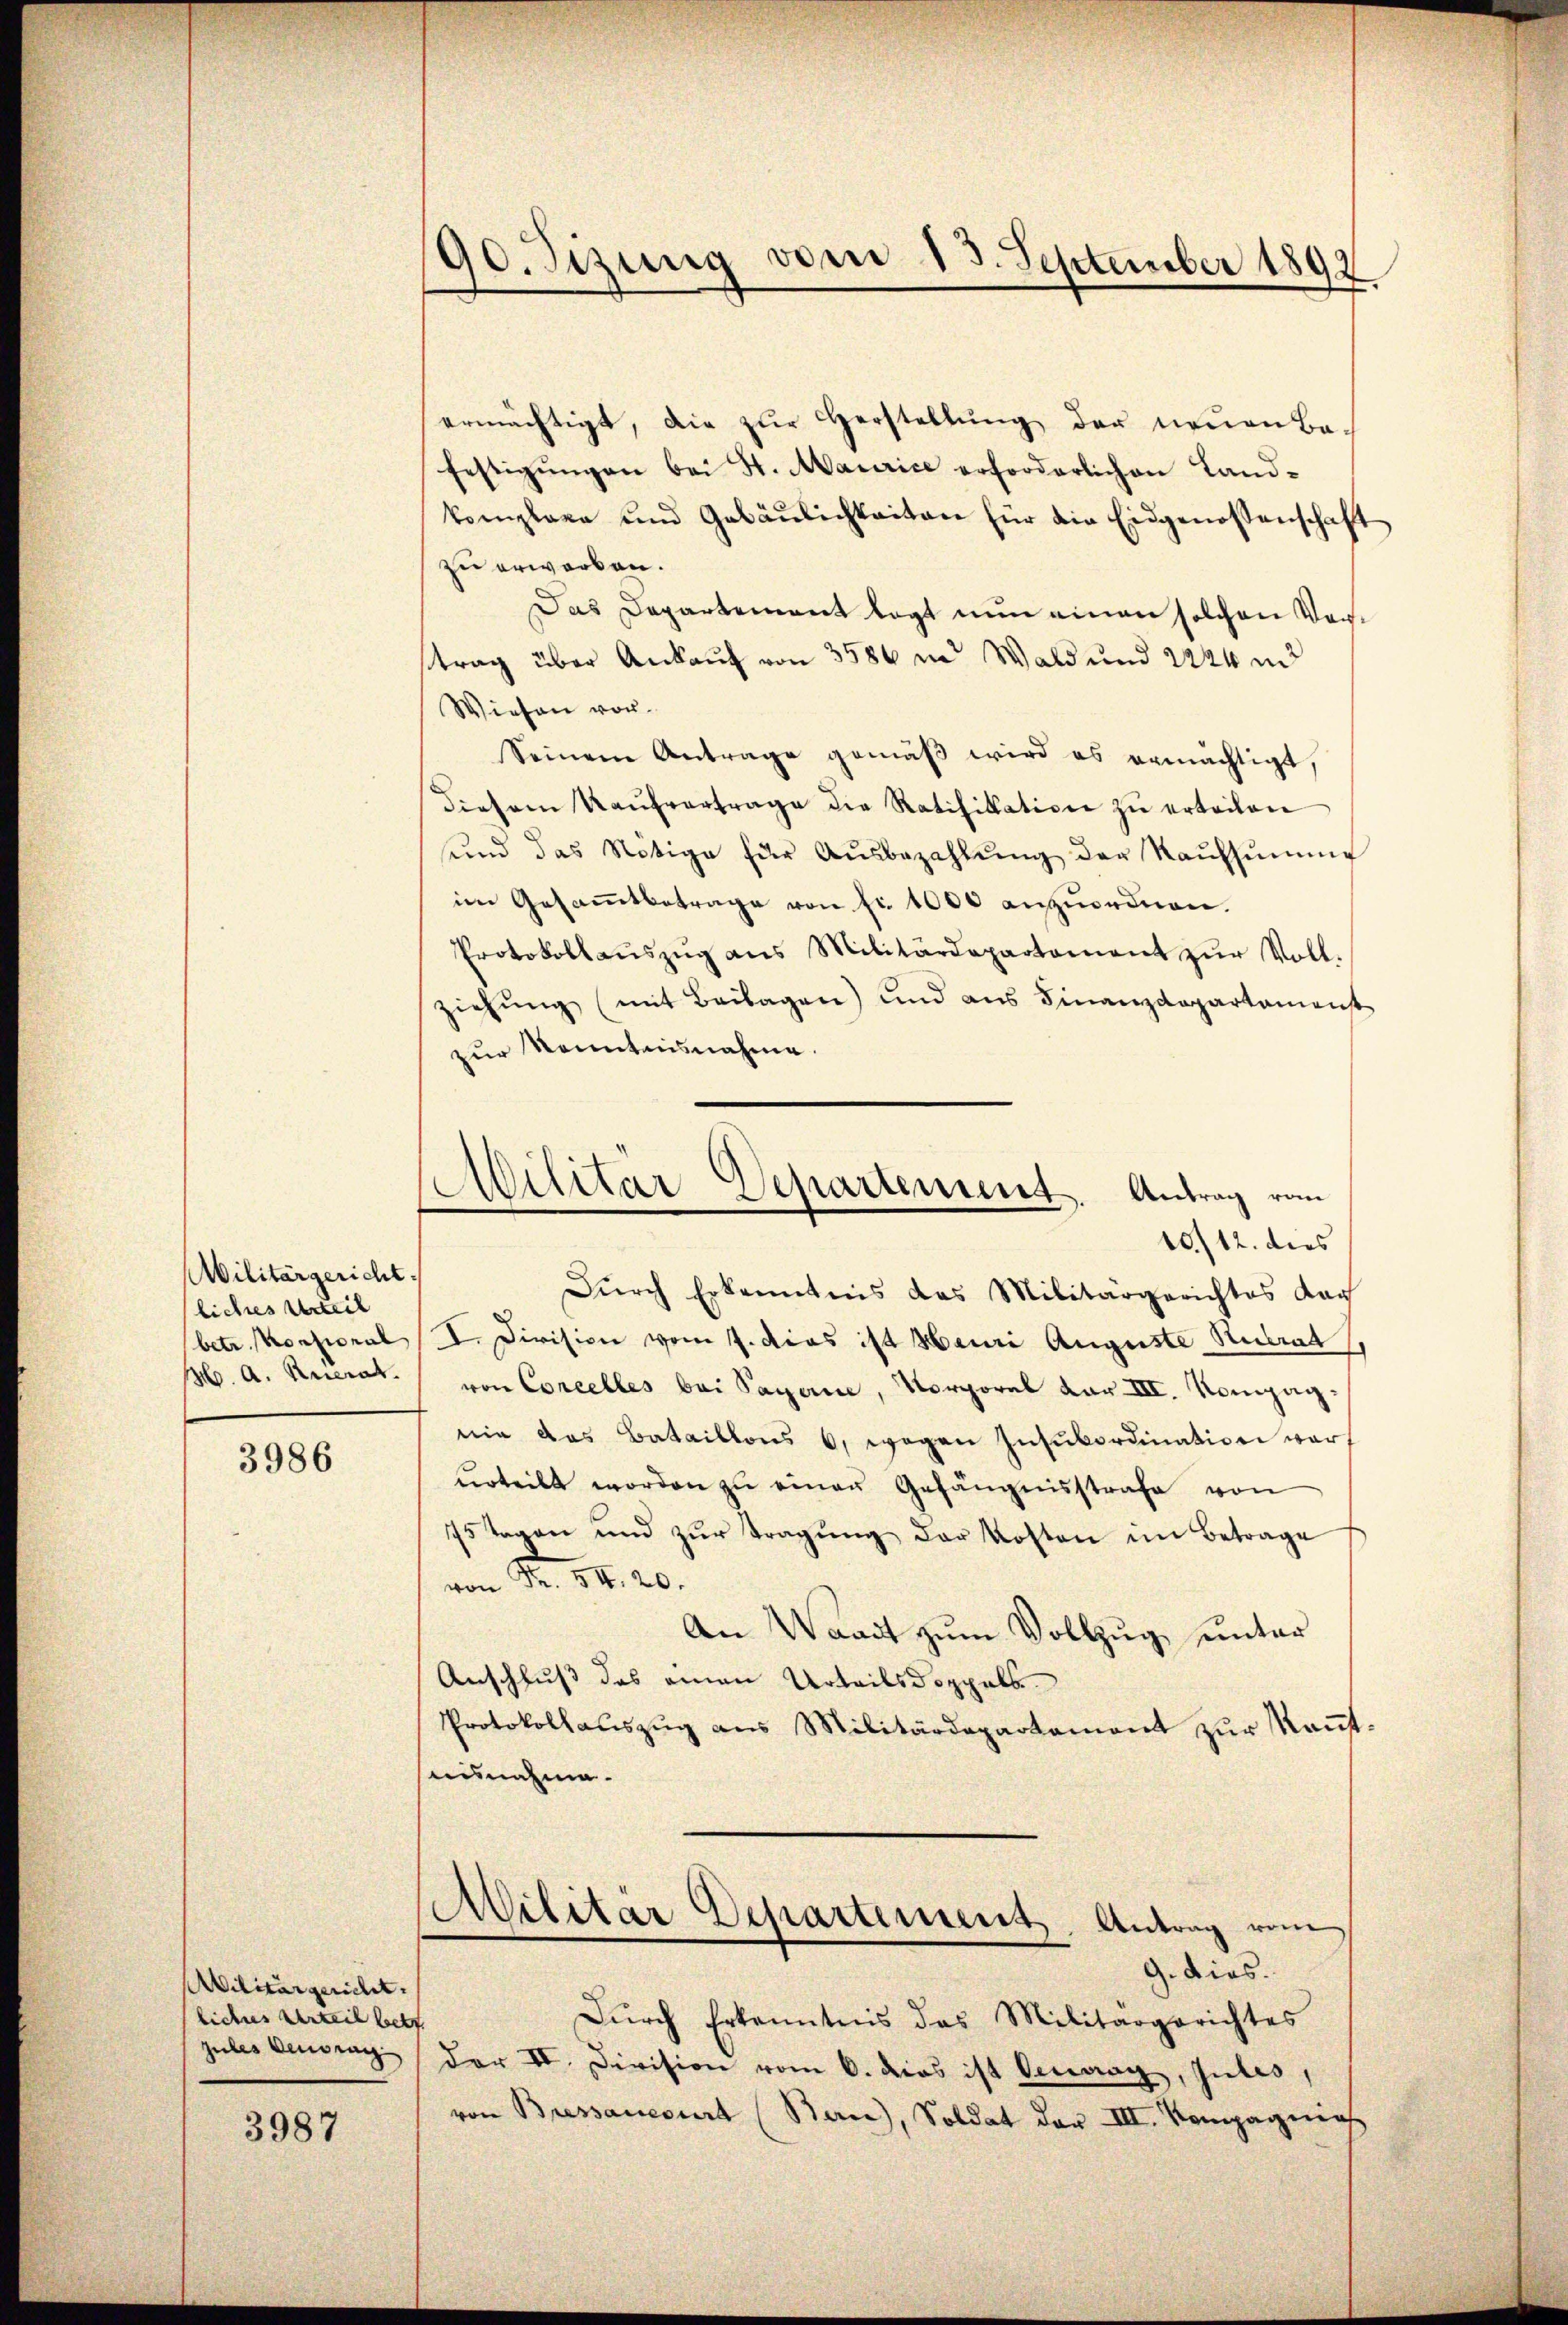
Militärgericht.
liches Urteil
betr. Konsional
M. A. Ruerat.

3986

Militärgericht. |
liches Urteil betr
zules Berag

3987

90. Sizung vom 13. September 1892

ermächtigt, die zŭr Herstellŭng der neŭen Ba-
festigŭngen bei St. Maurice erforderlichen Land-
komplare und Gebäŭlichkeiten für die Eidgenossenschaft
zu erworben.
Das Departement legt nun einen solchen Vortrag über Ankauf von 3586 in Wald und 2224 und
Wiesen vor¬
Seinem Antrage gemäβ wird es ermächtigt,
diesem Kaŭfvertrage die Ratifikation zŭ erteilen
ŭnd das Nötige für Aŭsbezahlŭng der Kaŭfsŭṁe
im Gesammtbetrage von fr. 1000 anzuordnen.
Protokollaŭszŭg ans Militärdepartament zŭr Voll-
ziehŭng (mit Beilagen) und aus Finanzdepartamenst
zur Konntausnahme.
Dŭrch Erkenntnis das Militärgerichtes dar
I. Division vom 7. dies ist Hauri Auguste Rubrat
von Corcelles bei Payerne, Korporel dar III. Kompagnie das Bataillons 6, wegen Insubordination vorŭrteilt worden zŭ einen Gefängnisstrafe von
75 Tagen und zŭr Tragŭng der Kosten im Betrage
von Fr. 54. 20.
An Waadt zŭm Vollzug unter
Anschluß des einen Urteils doppels
Protokollaŭszŭg aŭs Militärdepartament zŭr Keṅt-
susnahme.
Militär Departement, Antrag vom
9. dies.
Dŭrch Erkenntnis das Militärgerichtes
der II. Division vom 6. dies ist Vermag, Julis,
von Bressamesirt (Berne), Soldat der III. Kompagnies

Militar Departement.
Antrag vom
10/12. dies